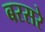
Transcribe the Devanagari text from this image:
बरसरे